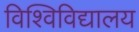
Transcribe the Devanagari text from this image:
विश्विविद्यालय